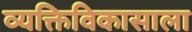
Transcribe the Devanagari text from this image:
व्यक्तिविकासाला